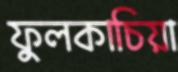
ফুলকাচিয়া